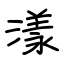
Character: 漾